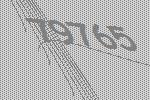
79765